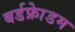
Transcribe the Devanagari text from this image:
बर्डफ्राेेडम